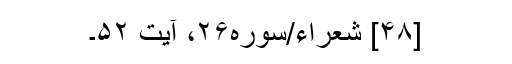
[۴۸] شعراء/سوره۲۶، آیت ۵۲۔